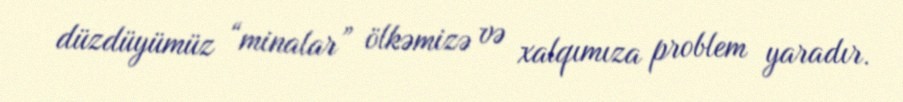
düzdüyümüz “minalar” ölkəmizə və xalqımıza problem yaradır.